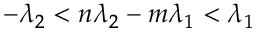
\begin{array} { r } { - \lambda _ { 2 } < n \lambda _ { 2 } - m \lambda _ { 1 } < \lambda _ { 1 } } \end{array}